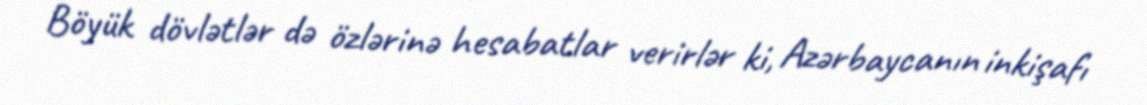
Böyük dövlətlər də özlərinə hesabatlar verirlər ki, Azərbaycanın inkişafı